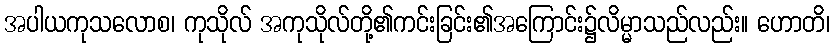
အပါယကုသလောစ၊ ကုသိုလ် အကုသိုလ်တို့၏ကင်းခြင်း၏အကြောင်း၌လိမ္မာသည်လည်း။ ဟောတိ၊